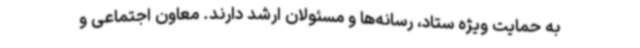
به حمایت ویژه ستاد، رسانه‌ها و مسئولان ارشد دارند. معاون اجتماعی و